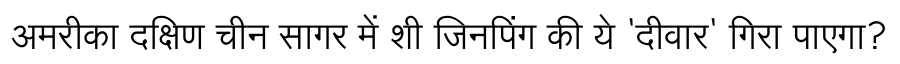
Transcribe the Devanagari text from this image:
अमरीका दक्षिण चीन सागर में शी जिनपिंग की ये 'दीवार' गिरा पाएगा?